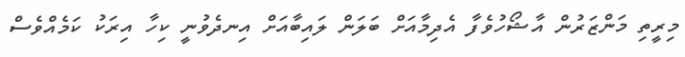
މިރީތި މަންޒަރުން އާޝޯހުވެފާ އެދިމާއަށް ބަލަން ލައިބާއަށް އިނދެވުނީ ކިހާ އިރަކު ކަމެއްވެސް